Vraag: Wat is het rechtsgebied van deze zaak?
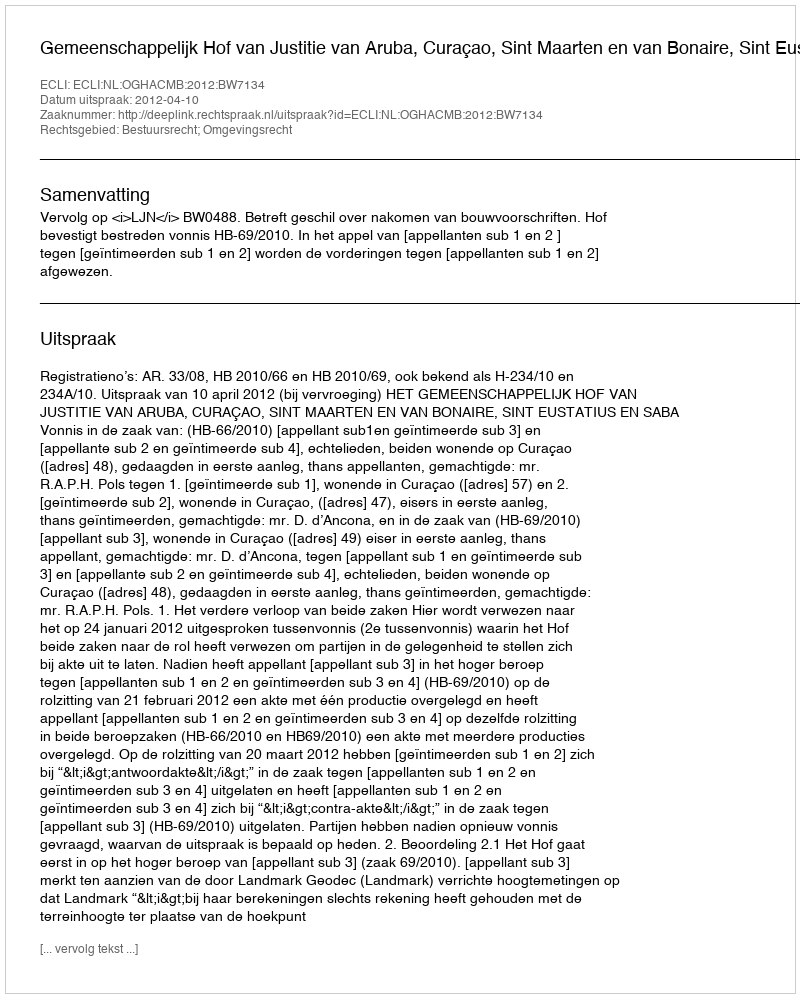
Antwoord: Bestuursrecht; Omgevingsrecht